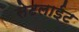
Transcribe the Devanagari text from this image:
सेटलाईट